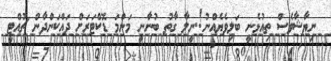
ނިޔާޝާވެސް ތިއުޅެނީ ބަލިވެޔެއްނު!.ނީލާ ގާތު ބުނާނީ މަންމަ ޑޮކްޓަރަށް ދައްކަންދާން ޗުއްޓީ